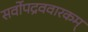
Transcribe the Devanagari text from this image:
सर्वोपद्रववारकम्